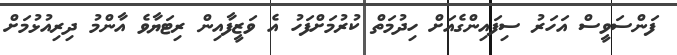
ފަންސަވީސް އަހަރު ސިފައިންގެއަށް ހިދުމަތް ކުރުމަށްފަހު އެ ވަޒީފާއިން ރިޓަޔާވެ އާންމު ދިރިއުޅުމަށް